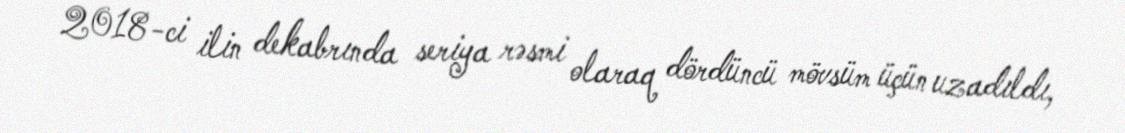
2018-ci ilin dekabrında seriya rəsmi olaraq dördüncü mövsüm üçün uzadıldı,